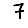
Digit: 7